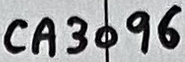
Text: CA3096